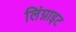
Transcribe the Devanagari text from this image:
लिंग्नाइट